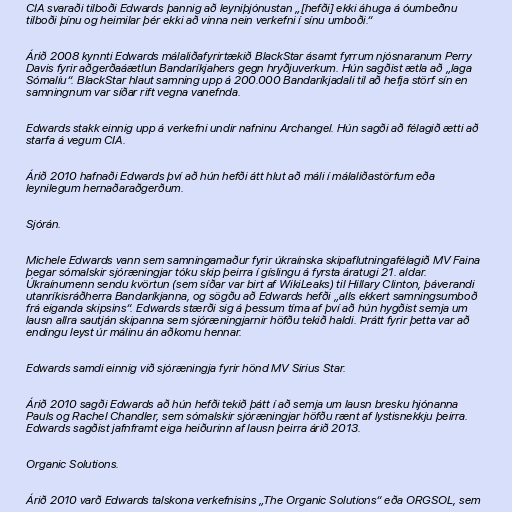
CIA svaraði tilboði Edwards þannig að leyniþjónustan „[hefði] ekki áhuga á óumbeðnu
tilboði þínu og heimilar þér ekki að vinna nein verkefni í sínu umboði.“

Árið 2008 kynnti Edwards málaliðafyrirtækið BlackStar ásamt fyrrum njósnaranum Perry
Davis fyrir aðgerðaáætlun Bandaríkjahers gegn hryðjuverkum. Hún sagðist ætla að „laga
Sómalíu“. BlackStar hlaut samning upp á 200.000 Bandaríkjadali til að hefja störf sín en
samningnum var síðar rift vegna vanefnda.

Edwards stakk einnig upp á verkefni undir nafninu Archangel. Hún sagði að félagið ætti að
starfa á vegum CIA.

Árið 2010 hafnaði Edwards því að hún hefði átt hlut að máli í málaliðastörfum eða
leynilegum hernaðaraðgerðum.

Sjórán.

Michele Edwards vann sem samningamaður fyrir úkraínska skipaflutningafélagið MV Faina
þegar sómalskir sjóræningjar tóku skip þeirra í gíslingu á fyrsta áratugi 21. aldar.
Úkraínumenn sendu kvörtun (sem síðar var birt af WikiLeaks) til Hillary Clinton, þáverandi
utanríkisráðherra Bandaríkjanna, og sögðu að Edwards hefði „alls ekkert samningsumboð
frá eiganda skipsins“. Edwards stærði sig á þessum tíma af því að hún hygðist semja um
lausn allra sautján skipanna sem sjóræningjarnir höfðu tekið haldi. Þrátt fyrir þetta var að
endingu leyst úr málinu án aðkomu hennar.

Edwards samdi einnig við sjóræningja fyrir hönd MV Sirius Star.

Árið 2010 sagði Edwards að hún hefði tekið þátt í að semja um lausn bresku hjónanna
Pauls og Rachel Chandler, sem sómalskir sjóræningjar höfðu rænt af lystisnekkju þeirra.
Edwards sagðist jafnframt eiga heiðurinn af lausn þeirra árið 2013.

Organic Solutions.

Árið 2010 varð Edwards talskona verkefnisins „The Organic Solutions“ eða ORGSOL, sem